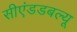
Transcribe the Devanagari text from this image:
सीएंडडबल्यू